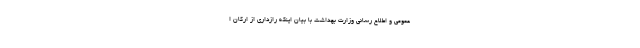
عمومی و اطلاع رسانی وزارت بهداشت با بیان اینکه رازداری از ارکان ا